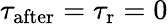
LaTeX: \tau_{\mathrm{after}}=\tau_{\mathrm{r}}=0